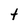
Character: t